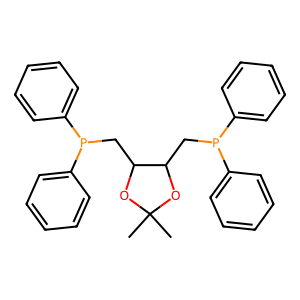
SMILES: CC1(C)OC(CP(c2ccccc2)c2ccccc2)C(CP(c2ccccc2)c2ccccc2)O1
Inhibits HIV replication: No